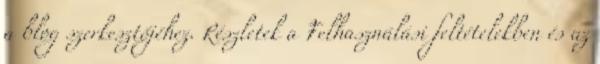
a blog szerkesztőjéhez. Részletek a Felhasználási feltételekben és az